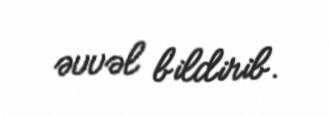
əvvəl bildirib.